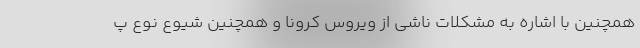
همچنین با اشاره به مشکلات ناشی از ویروس کرونا و همچنین شیوع نوع پ